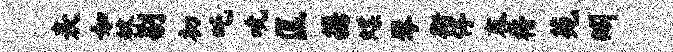
表如秣剔初吒吮匡携蝶琴街停舂楷苑矧